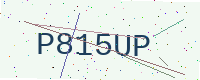
Text: P815UP